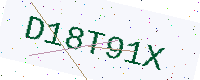
Text: D18T91X